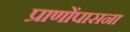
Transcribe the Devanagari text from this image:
प्राणोंपासना